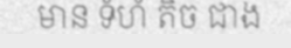
មាន ទំហំ តិច ជាង